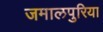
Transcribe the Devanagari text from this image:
जमालपुरिया